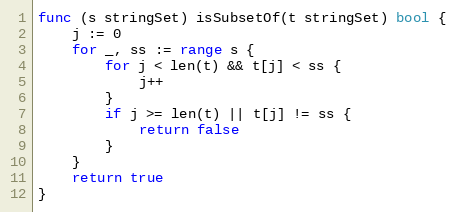
Language: Go
func (s stringSet) isSubsetOf(t stringSet) bool {
	j := 0
	for _, ss := range s {
		for j < len(t) && t[j] < ss {
			j++
		}
		if j >= len(t) || t[j] != ss {
			return false
		}
	}
	return true
}